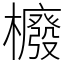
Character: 櫠